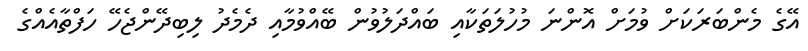
އޭގެ މެންބަރަކަށް ވުމަށް އޮންނަ މުހުލަތަކާއި ބައްދަލުވުން ބޭއްވުމާއި ދެމެދު ލިބިދޭންޖެހޭ ހަފްތާއެއްގެ